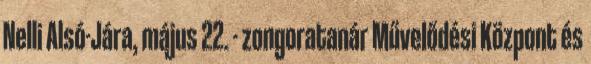
Nelli Alsó-Jára, május 22. - zongoratanár Művelődési Központ és